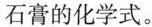
石膏的化学式。